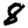
Digit: 8